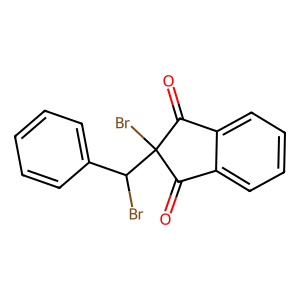
SMILES: O=C1c2ccccc2C(=O)C1(Br)C(Br)c1ccccc1
Inhibits HIV replication: No